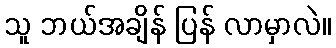
သူ ဘယ်အချိန် ပြန် လာမှာလဲ။